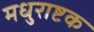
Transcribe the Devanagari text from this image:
मधुराष्टक